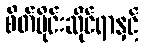
စိတ်ပိုင်းဆိုင်ရာနှင့်